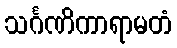
သင်္ဂဏိကာရာမတံ